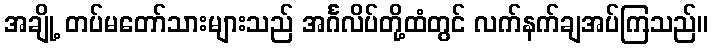
အချို့ တပ်မတော်သားများသည် အင်္ဂလိပ်တို့ထံတွင် လက်နက်ချအပ်ကြသည်။